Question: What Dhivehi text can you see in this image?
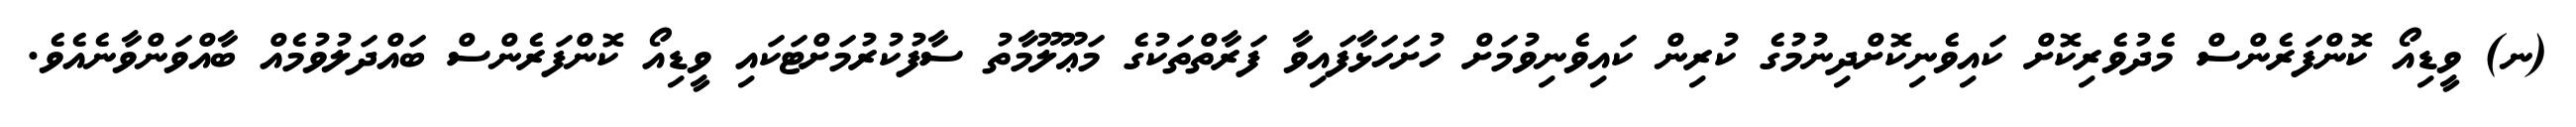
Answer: (ނ) ވީޑިއޯ ކޮންފަރެންސް މެދުވެރިކޮށް ކައިވެނިކޮށްދިނުމުގެ ކުރިން ކައިވެނިވުމަށް ހުށަހަޅާފައިވާ ފަރާތްތަކުގެ މަޢޫލޫމާތު ސާފުކުރުމަށްޓަކައި ވީޑިއޯ ކޮންފަރެންސް ބައްދަލުވުމެއް ބާއްވަންވާނެއެވެ.